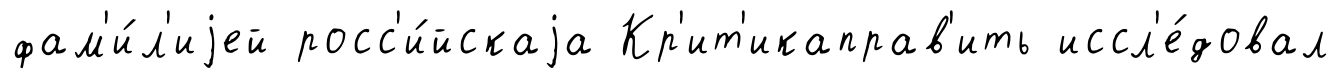
фам'и́л'иjей росс'и́йскаjа Кр'ит'икаправ'ить иссл'е́довал